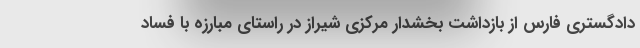
دادگستری فارس از بازداشت بخشدار مرکزی شیراز در راستای مبارزه با فساد